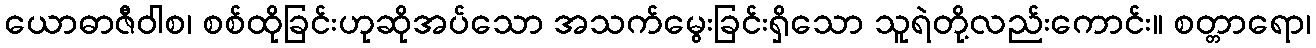
ယောဓာဇီဝါစ၊ စစ်ထိုခြင်းဟုဆိုအပ်သော အသက်မွေးခြင်းရှိသော သူရဲတို့လည်းကောင်း။ စတ္တာရော၊